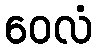
ဝေလံ